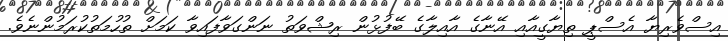
އިސްވެރިޔާ އެސްޕީ ތިޔާގީއާއި އޭނާގެ އާއިލާގެ ބޭފުޅުން ރިޝްވަތު ނަންގަވާފައިވާ ކަމަށް ތުހުމަތުކުރަމުންނެވެ.